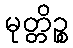
မုတ္တိဉ္စ